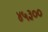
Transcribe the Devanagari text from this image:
४५३००